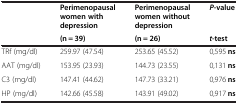
<table><thead><tr><td><b> </b></td><td><b>Perimenopausal women with depression</b></td><td><b>Perimenopausal women without depression</b></td><td><b><i>P</i>-value</b></td></tr><tr><td><b> </b></td><td><b>(n = 39)</b></td><td><b>(n = 26)</b></td><td><b><i>t</i>-test</b></td></tr></thead><tbody><tr><td>TRf (mg/dl)</td><td>259.97 (47.54)</td><td>253.65 (45.52)</td><td>0,595 <b>ns</b></td></tr><tr><td>AAT (mg/dl)</td><td>153.95 (23.93)</td><td>144.73 (23.55)</td><td>0,131 <b>ns</b></td></tr><tr><td>C3 (mg/dl)</td><td>147.41 (44.62)</td><td>147.73 (33.21)</td><td>0,976 <b>ns</b></td></tr><tr><td>HP (mg/dl)</td><td>142.66 (45.58)</td><td>143.91 (49.02)</td><td>0,917 <b>ns</b></td></tr></tbody></table>